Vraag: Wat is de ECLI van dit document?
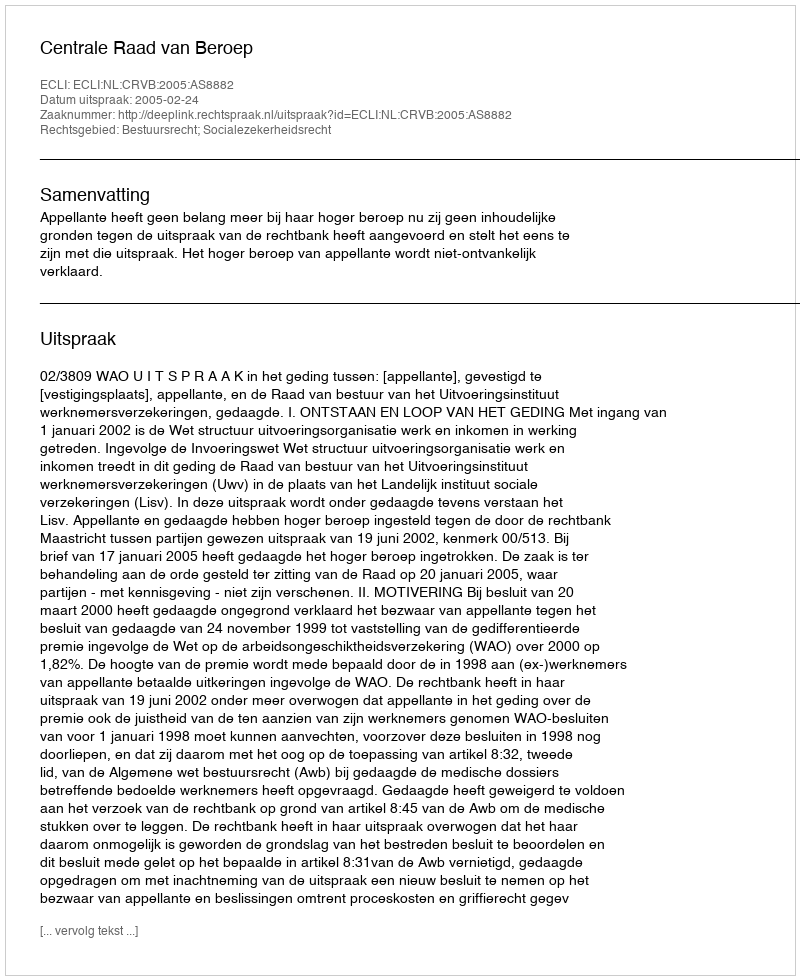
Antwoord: ECLI:NL:CRVB:2005:AS8882